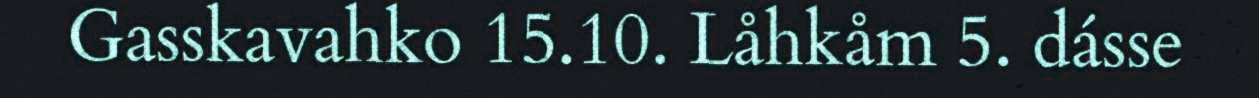
Gasskavahko 15.10. Låhkåm 5. dásse